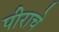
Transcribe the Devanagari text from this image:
पीराचे